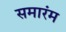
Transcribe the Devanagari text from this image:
समारंम